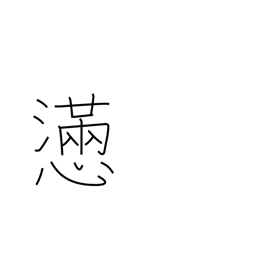
Meaning: agony